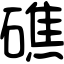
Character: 礁